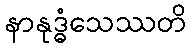
နာနုဒ္ဓံသေဿတိ